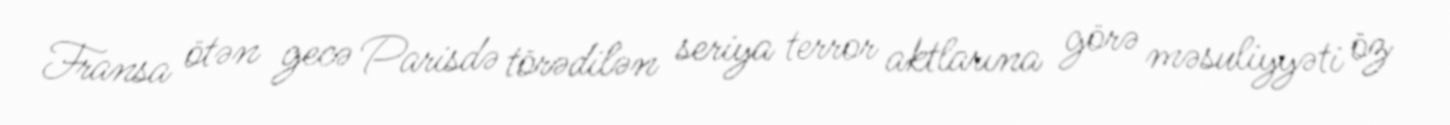
Fransa ötən gecə Parisdə törədilən seriya terror aktlarına görə məsuliyyəti öz